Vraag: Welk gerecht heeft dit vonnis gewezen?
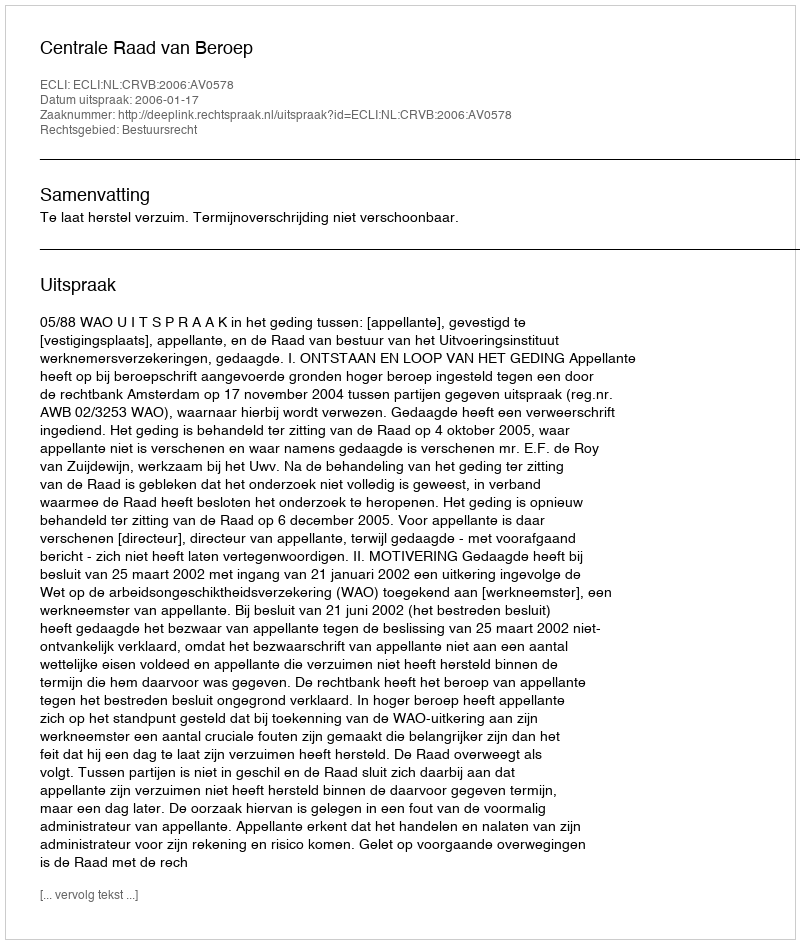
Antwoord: Centrale Raad van Beroep